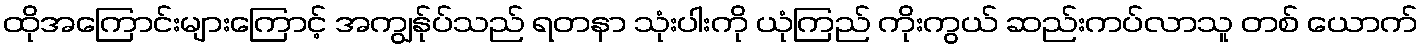
ထိုအကြောင်းများကြောင့် အကျွန်ုပ်သည် ရတနာ သုံးပါးကို ယုံကြည် ကိုးကွယ် ဆည်းကပ်လာသူ တစ် ယောက်